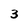
Character: 3